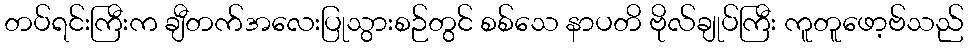
တပ်ရင်းကြီးက ချီတက်အလေးပြုသွားစဉ်တွင် စစ်သေ နာပတိ ဗိုလ်ချုပ်ကြီး ကူတူဖော့ဗ်သည်